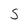
Character: S